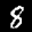
Label: 8